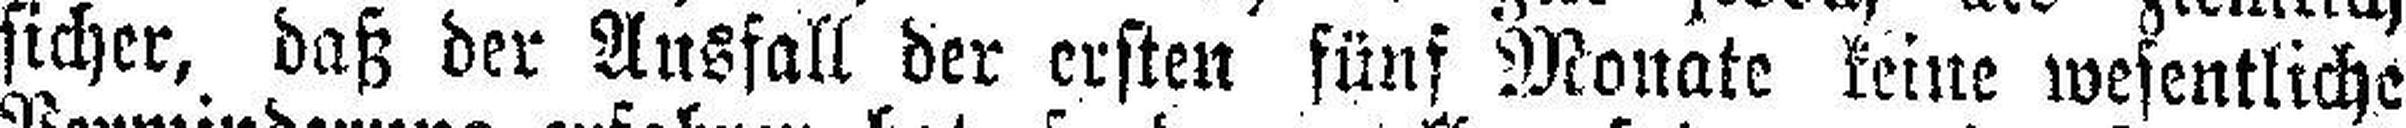
sicher, daß der Ausfall der ersten fünf Monate keine wesentliche